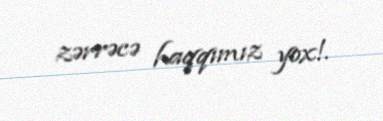
zərrəcə haqqımız yox!.